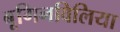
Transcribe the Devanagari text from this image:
बूगिनविलिया